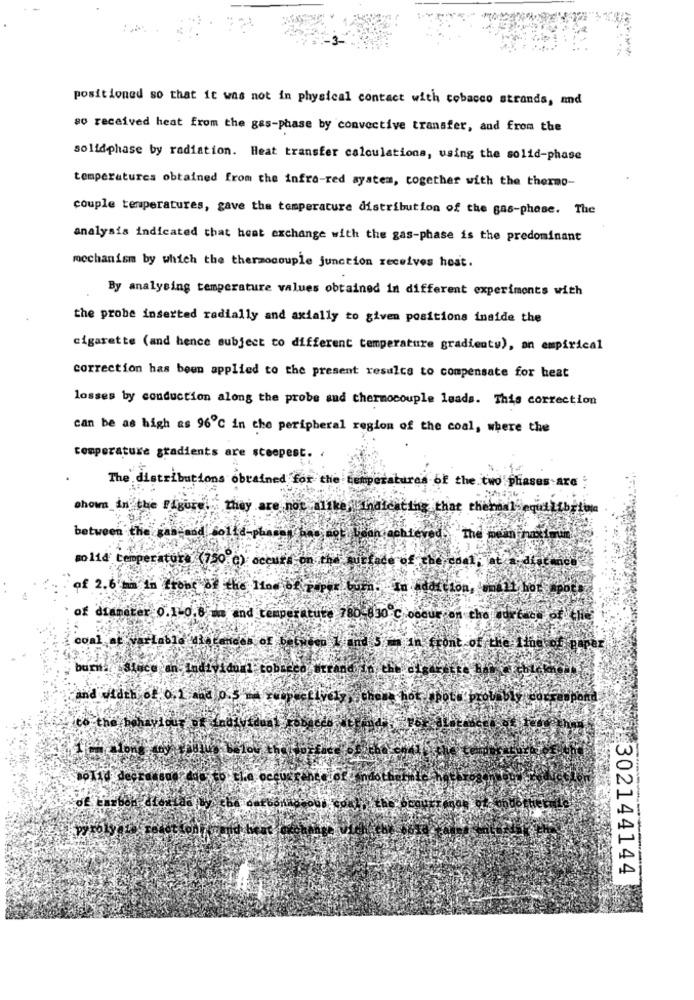
positioned so that it was not in physical contact with cobacco strands, and
so received heat from the gas-phase by convective transfer, and from the
solidphase by radiation. Heat transfer calculations, using the solid-phase
temperatures obtained from the infra-red system, together with the thermo-
couple temperatures, gave the temperature distribution of the gas-phase. The
analysis indicated that heat exchange with the gas-phase is the predominant
mechanism by which the thermocouple junction receives heat.
By analysing temperature values obtained in different experiments with
the probe inserted radially and axially to given positions inside the
cigarette (and hence subject to different temperature gradientw), an empirical
correction has been applied to the present results to compensate for heat
losses by conduction along the probe and thermocouple leads. This correction
can be as high as 96℃ in the peripheral region of the coal, where the
temperature gradients are steepest.
The distributions obrained for the Lempet
of the two phases are
shown in the Figure. They are not alike, indicating that chemdal equ
between the gas-and Solid-phammy bad
so 114 temperatura' (750 ℃) occurs on
of 2.6 mm in front of the Mon of paper
Lion,
hot
of diameter 0.1-0.8 mm and temperature 780-830 ℃ o
i che
coal at varLablo
- Individual cobreco #it
and width of 0.1 and 0.5 wa win ctively ,chen
tu prou
co the behaviour of indi
302144144